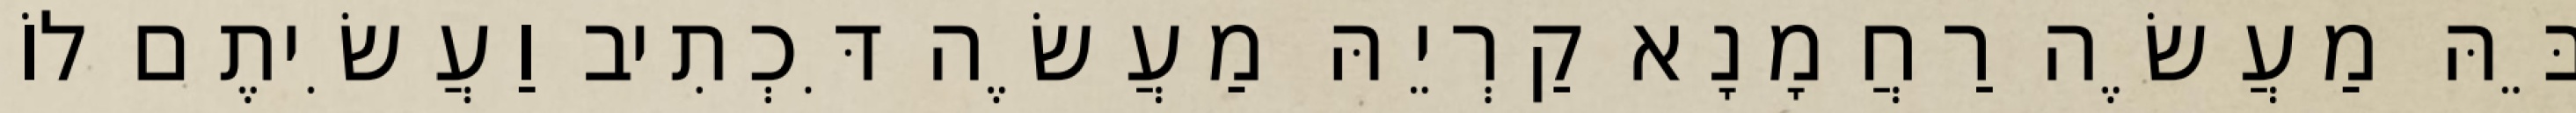
בֵּהּ מַעֲשֶׂה רַחֲמָנָא קַרְיֵהּ מַעֲשֶׂה דִּכְתִיב וַעֲשִׂיתֶם לוֹ